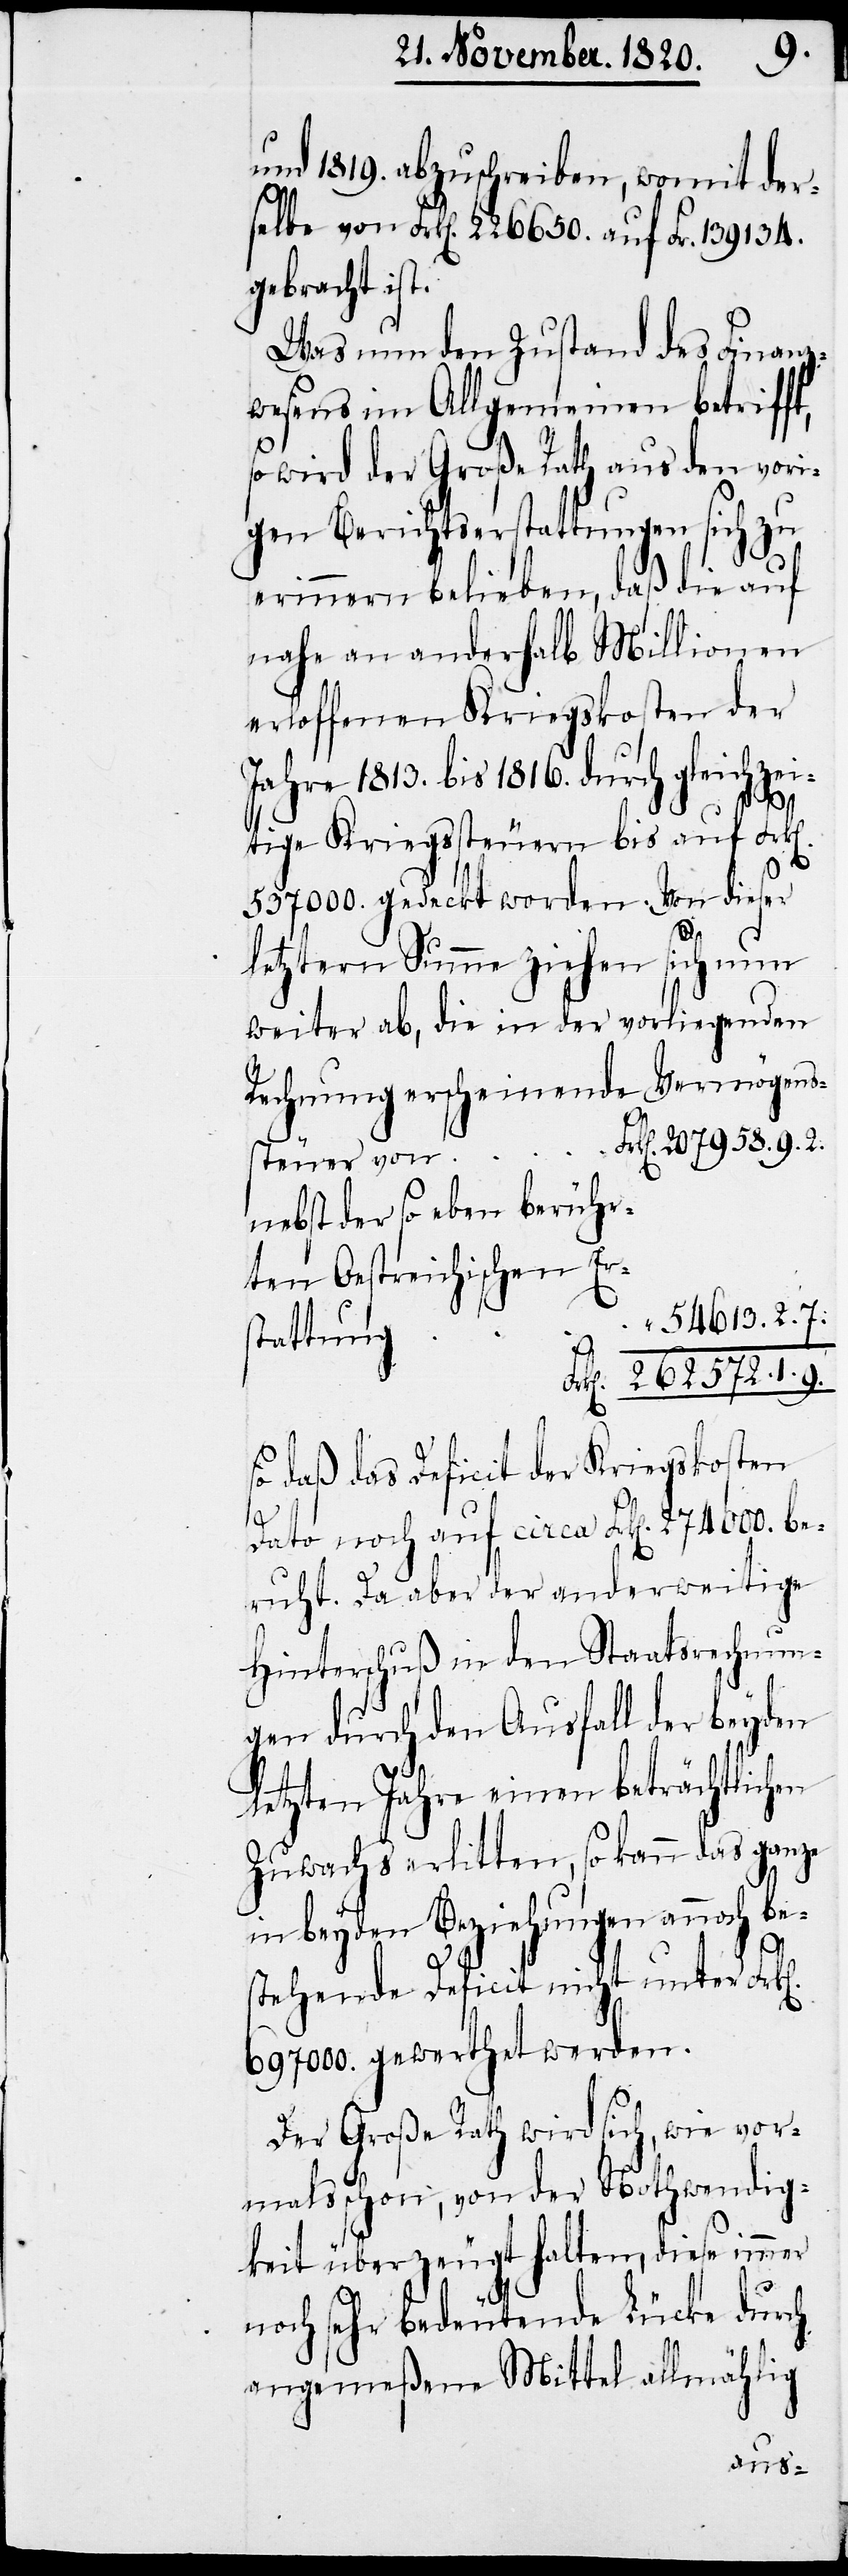
k[en].
und 1819. abzuschreiben, womit der¬
selbe von Frk[en]. 226 650. auf Fr. 139 134.
gebracht ist.
Was nun den Zustand des Finanz¬
wesens im Allgemeinen betriff¬
so wird der Große Rath aus den vori¬
gen Berichtserstattungen sich zu
erinnern belieben, daß die auf
nahe an anderthalb Millionen
erloffenen Kriegskosten der
Jahre 1813. bis 1816. durch gleichzei¬
der
tige Kriegssteuern bis auf Frk[e¬
537 000. gedeckt worden. Von dieser
572.
letztern Summe ziehen sich nun
Rechnung verschiedene Vermögens¬
steuer von
nebst der so eben berühr¬
ten Oestreichischen Ers¬
54 613. 2.
tattung
so daß das Deficit der Kriegskosten
1.
Dato noch auf circa Frk[en]. 274 000. be¬
ruht. Da aber der anderweitige
Hinterschuß in den Staatsrechnun¬
gen durch den Ausfall der beyden
letzten Jahre einen beträchtlichen
Zuwachs erlitten, so kann das Ganze
in beyden Beziehungen annoch bes¬
9.
tehende Deficit nicht unter Fr¬
697 000. gewerthet werden.
Der Große Rath wird sich, wie vor¬
mals schon, von der Nothwendig¬
keit überzeugt halten, diese immer
noch sehr bedeutende Lücke durch
angemeßene Mittel allmählich